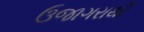
ઉજાગરાથી